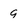
Character: 9